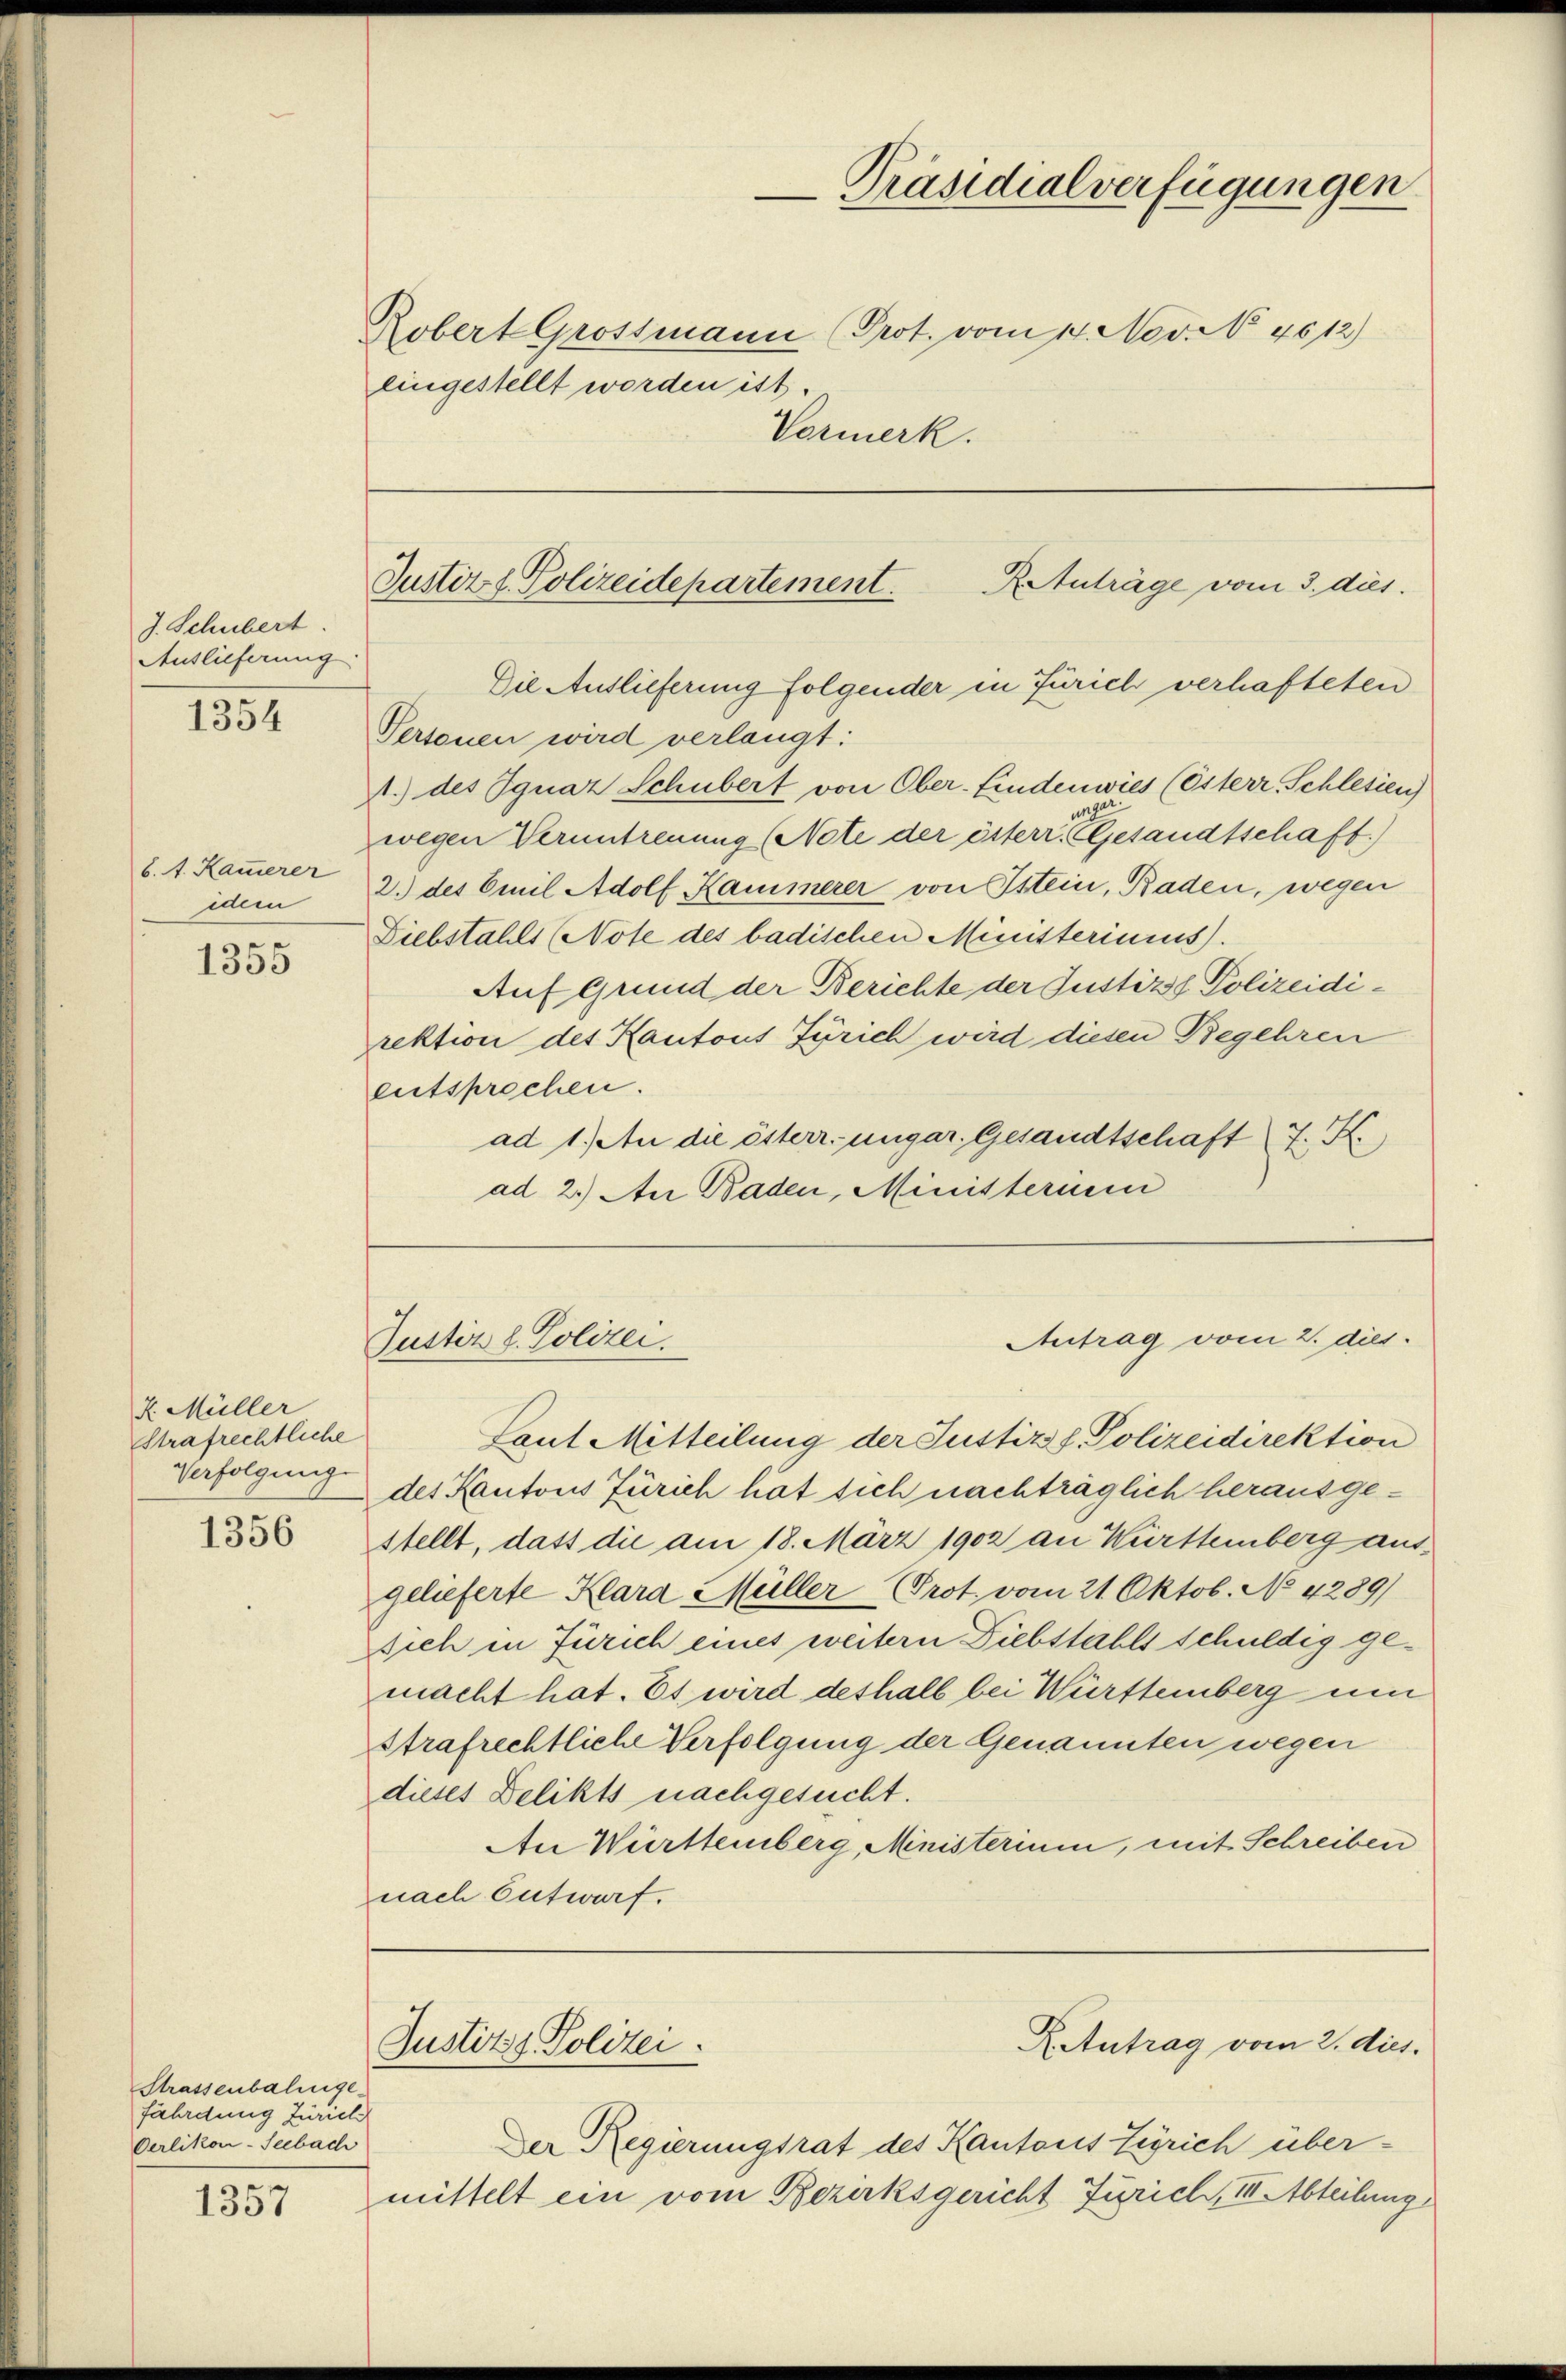
J. Schubert.
Auslieferung

1354

6. t. Kammerer
idem

1355

z. Müller
Strafrechtliche
Verfolgung

1356

Strassenbahngefährdung Zürich
Oerlikon-Seebach

1357

eingestellt worden ist.

Die Auslieferung folgender in Zürich verhafteten
Personen wird verlangt:
1.) des Ignaz Schubert von Ober-Lindenwies (Esterr. Schlesien)
ungen.
wegen Veruntreuung (Note der österr. Gesandtschaft)
2.) des Emil Adolf Kammerer von Istein, Baden, wegen
Diebstahls (Note des badischen Ministeriums).
Auf Grund der Berichte der Justizss Polizeidirektion des Kantons Zürich wird diesen Begehren
entsprochen.
ad 1.) An die österr. ungar. Gesandtschaft 7. K
ad 2.) An Baden, Ministerium

Laut Mitteilung der Justiz & Polizeidirektion
des Kantons Zürich hat sich nachträglich herausgestellt, daß die am 18. März 1902 an Württemberg ausgelieferte Klara Müller Prot. vom 21. Oktob. No 4289)
sich in Zürich eines weitern Diebstahls schuldig gemacht hat. Es wird deshalb bei Württemberg um
strafrechtliche Verfolgung der Genannten wegen
dieses Delikts nachgesucht.
An Württemberg, Ministerium, mit Schreiben
nach Entwurf.
X. Antrag vom 2. dies.
Justiz & Polizei.
Der Regierungsrat des Kantons Zürich über-
mittelt ein vom Bezirksgericht Zürich, IIItbteilung

Präsidialverfügungen
Robert Grossmann (Prot. vom 14. Nov. N. 4612)
Vormerk.

RAtuträge vom 3. dies.
Justiz & Polizeidepartement.

Justiz d. Polizei.

Antrag vom 2. dies